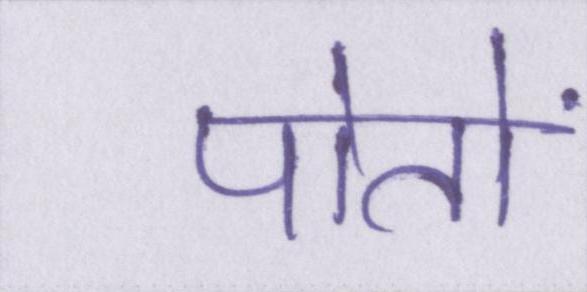
पोतों